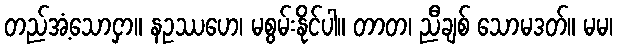
တည်အံ့သောငှာ။ နဥဿဟေ၊ မစွမ်းနိုင်ပါ။ တာတ၊ ညီချစ် သောမဒတ်။ မမ၊